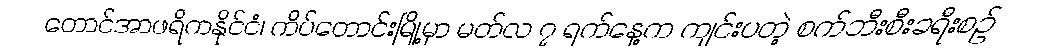
တောင်အာဖရိကနိုင်ငံ၊ ကိပ်တောင်းမြို့မှာ မတ်လ ၇ ရက်နေ့က ကျင်းပတဲ့ စက်ဘီးစီးခရီးစဉ်